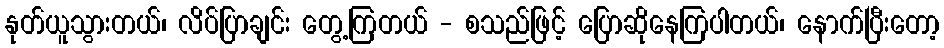
နုတ်ယူသွားတယ်၊ လိပ်ပြာချင်း တွေ့ကြတယ် - စသည်ဖြင့် ပြောဆိုနေကြပါတယ်၊ နောက်ပြီးတော့